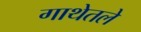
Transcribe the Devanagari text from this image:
गाथेतले